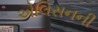
એલિસનની